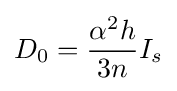
D_{0}={\frac {\alpha ^{2}h}{3n}}I_{s}